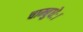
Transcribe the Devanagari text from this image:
चाम्बुधेः।